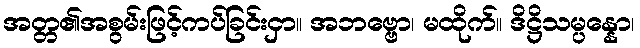
အတ္တ၏အစွမ်းဖြင့်ကပ်ခြင်းငှာ။ အဘဗ္ဗော၊ မထိုက်။ ဒိဋ္ဌိသမ္ပန္နော၊